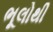
ભૂલોથી